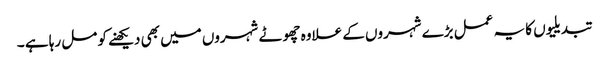
تبدیلیوں کا یہ عمل بڑے شہروں کے علاوہ چھوٹے شہروں میں بھی دیکھنے کو مل رہا ہے ۔